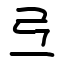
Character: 弖